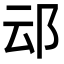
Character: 䢵